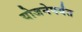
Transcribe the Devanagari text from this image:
योजनेपर्यंत